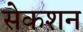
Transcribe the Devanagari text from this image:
सेकशन